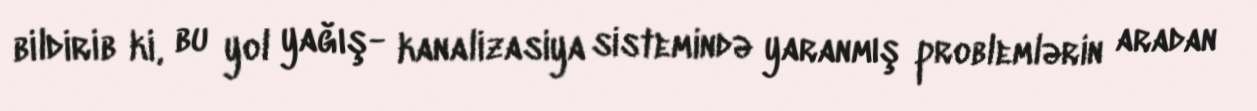
bildirib ki, bu yol yağış- kanalizasiya sistemində yaranmış problemlərin aradan